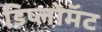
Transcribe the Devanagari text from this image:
डिप्लोमॅट